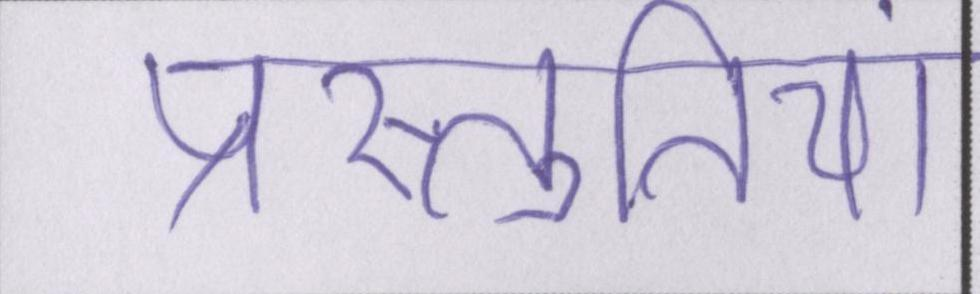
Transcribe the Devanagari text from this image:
प्रस्तुतियां